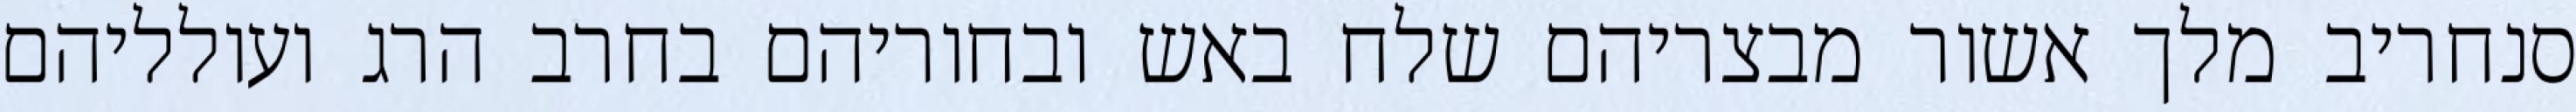
סנחריב מלך אשור מבצריהם שלח באש ובחוריהם בחרב הרג ועולליהם